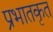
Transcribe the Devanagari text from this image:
प्रभातकृत